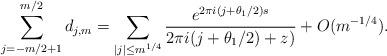
LaTeX: \begin{align*} \sum_{ j = -m/2+1}^{m/2} d_{j,m} = \sum_{ |j| \leq m^{1/4} } \frac{ e^{ 2 \pi i (j + \theta_1/2) s } }{ 2 \pi i (j + \theta_1/2) + z ) } + O(m^{-1/4}).\end{align*}